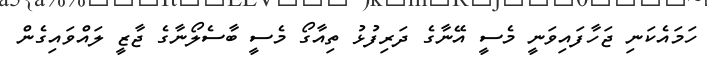
ހަމައެކަނި ޖަހާފައިވަނީ މެސީ އޭނާގެ ދަރިފުޅު ތިއާގޯ މެސީ ބާސެލޯނާގެ ޖާޒީ ލައްވައިގެން